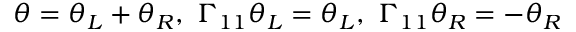
\theta = \theta _ { L } + \theta _ { R } , \ \Gamma _ { 1 1 } \theta _ { L } = \theta _ { L } , \ \Gamma _ { 1 1 } \theta _ { R } = - \theta _ { R }